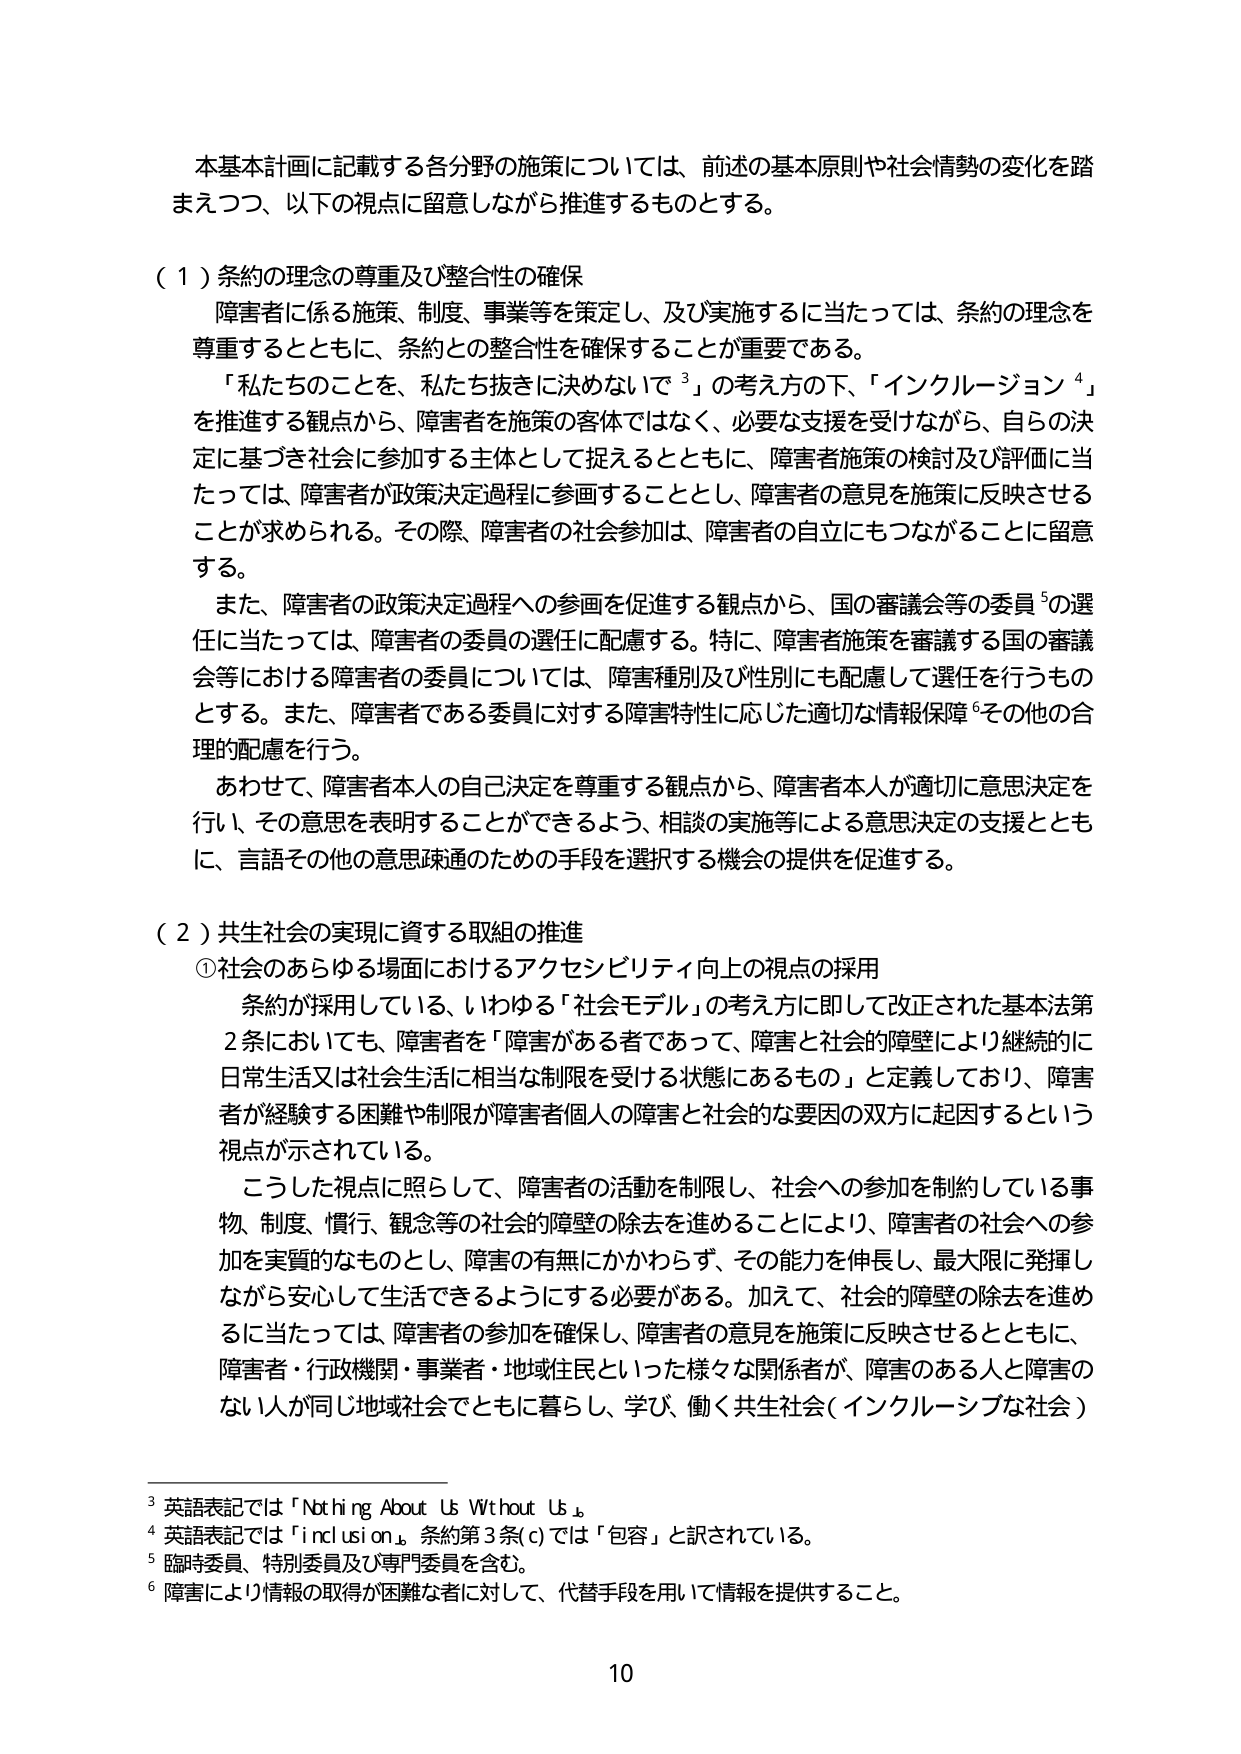
本基本計画に記載する各分野の施策については、前述の基本原則や社会情勢の変化を踏まえつつ、以下の視点に留意しながら推進するものとする。

（１）条約の理念の尊重及び整合性の確保
障害者に係る施策、制度、事業等を策定し、及び実施するに当たっては、条約の理念を尊重するとともに、条約との整合性を確保することが重要である。
「私たちのことを、私たち抜きに決めないで³」の考え方の下、「インクルージョン⁴」を推進する観点から、障害者を施策の客体ではなく、必要な支援を受けながら、自らの決定に基づき社会に参加する主体として捉えるとともに、障害者施策の検討及び評価に当たっては、障害者が政策決定過程に参画することとし、障害者の意見を施策に反映させることが求められる。その際、障害者の社会参加は、障害者の自立にもつながることに留意する。
また、障害者の政策決定過程への参画を促進する観点から、国の審議会等の委員⁵の選任に当たっては、障害者の委員の選任に配慮する。特に、障害者施策を審議する国の審議会等における障害者の委員については、障害種別及び性別にも配慮して選任を行うものとする。また、障害者である委員に対する障害特性に応じた適切な情報保障⁶その他の合理的配慮を行う。
あわせて、障害者本人の自己決定を尊重する観点から、障害者本人が適切に意思決定を行い、その意思を表明することができるよう、相談の実施等による意思決定の支援とともに、言語その他の意思疎通のための手段を選択する機会の提供を促進する。

（２）共生社会の実現に資する取組の推進
①社会のあらゆる場面におけるアクセシビリティ向上の視点の採用
条約が採用している、いわゆる「社会モデル」の考え方に即して改正された基本法第2条においても、障害者を「障害がある者であって、障害と社会的障壁により継続的に日常生活又は社会生活に相当な制限を受ける状態にあるもの」と定義しており、障害者が経験する困難や制限が障害者個人の障害と社会的な要因の双方に起因するという視点が示されている。
こうした視点に照らして、障害者の活動を制限し、社会への参加を制約している事物、制度、慣行、観念等の社会的障壁の除去を進めることにより、障害者の社会への参加を実質的なものとし、障害の有無にかかわらず、その能力を伸長し、最大限に発揮しながら安心して生活できるようにする必要がある。加えて、社会的障壁の除去を進めるに当たっては、障害者の参加を確保し、障害者の意見を施策に反映させるとともに、障害者・行政機関・事業者・地域住民といった様々な関係者が、障害のある人と障害のない人が同じ地域社会でともに暮らし、学び、働く共生社会（インクルーシブな社会）

³ 英語表記では「Nothing About Us Without Us」。
⁴ 英語表記では「inclusion」。条約第3条(c)では「包容」と訳されている。
⁵ 臨時委員、特別委員及び専門委員を含む。
⁶ 障害により情報の取得が困難な者に対して、代替手段を用いて情報を提供すること。

10